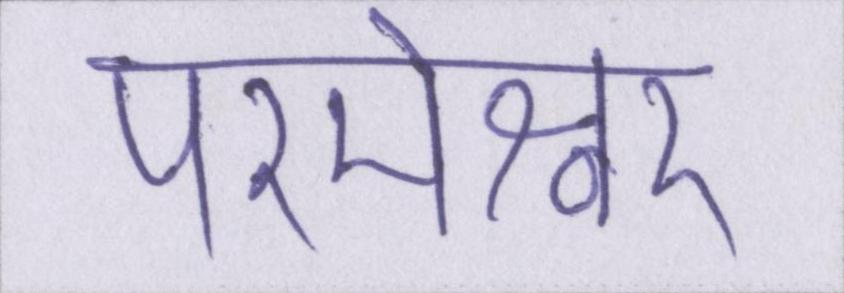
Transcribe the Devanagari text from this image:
परमेश्वर